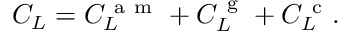
C _ { L } = C _ { L } ^ { \mathrm { ~ a ~ m ~ } } + C _ { L } ^ { \mathrm { ~ g ~ } } + C _ { L } ^ { \mathrm { ~ c ~ } } .